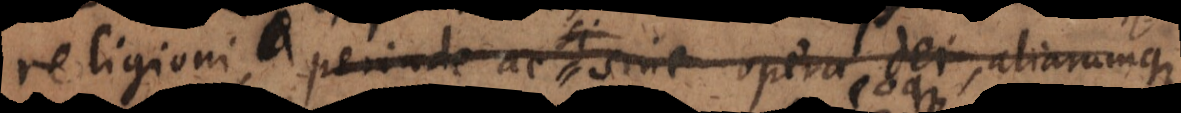
religioni, perinde ac si sine opera Dei, aliarumqu